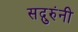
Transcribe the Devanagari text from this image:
सद्गुरुंनी